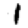
Digit: 1